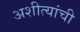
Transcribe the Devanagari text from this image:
अशीत्यांची